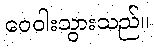
ဝေဝါးသွားသည်။